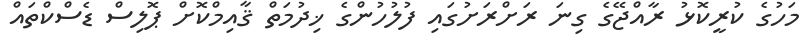
މަހުގެ ކުރީކޮޅު ރާއްޖޭގެ ގިނަ ރަށްރަށުގައި ފުލުހުންގެ ޚިދުމަތް ޤާއިމްކޮށް ޕޮލިސް ޑެސްކްތައް